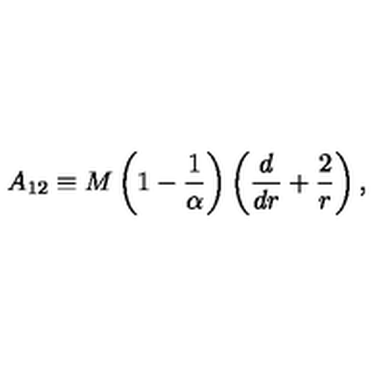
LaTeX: A _ { 1 2 } \equiv M \left( 1 - { \frac { 1 } { \alpha } } \right) \left( { \frac { d } { d r } } + { \frac { 2 } { r } } \right) ,